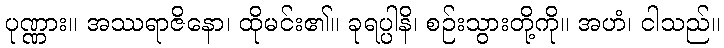
ပုဏ္ဏား။ အဿရာဇိနော၊ ထိုမင်း၏။ ခုရပ္ပါနိ၊ စဉ်းသွားတို့ကို။ အဟံ၊ ငါသည်။